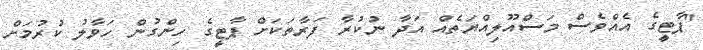
"ޕާޓީގެ އެއްވެސް މަސްއޫލިއްޔަތެއް އަދާ ނުކުރާ ފަރާތަކަށް ޕާޓީގެ ހިންގުން ހަވާލު ކުރުމަށް